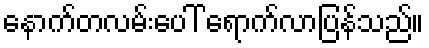
နောက်တလမ်းပေါ် ရောက်လာပြန်သည်။